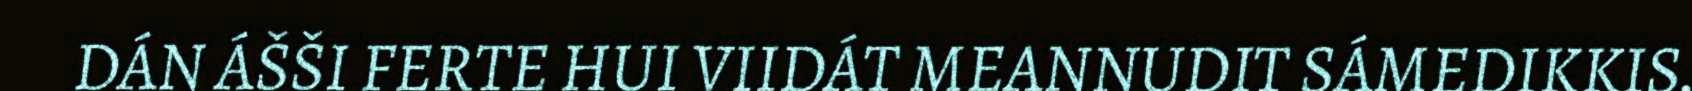
DÁN ÁŠŠI FERTE HUI VIIDÁT MEANNUDIT SÁMEDIKKIS.